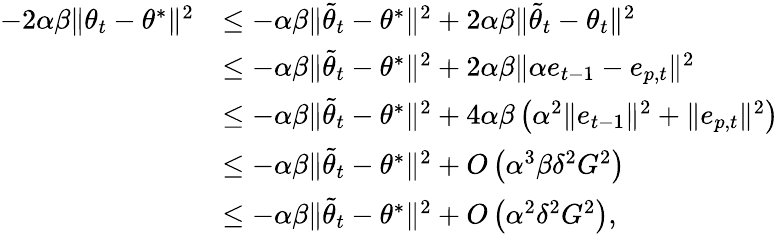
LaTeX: \begin{array}{rl}{-2\alpha\beta\Vert{{\theta}_{t}}-{\theta^{*}}\Vert^{2}}&{\leq-\alpha\beta\Vert{\tilde{\theta}_{t}}-{\theta^{*}}\Vert^{2}+2\alpha\beta\Vert\tilde{\theta}_{t}-\theta_{t}\Vert^{2}}\\ &{\leq-\alpha\beta\Vert{\tilde{\theta}_{t}}-{\theta^{*}}\Vert^{2}+2\alpha\beta\Vert\alpha e_{t-1}-e_{p,t}\Vert^{2}}\\ &{\leq-\alpha\beta\Vert{\tilde{\theta}_{t}}-{\theta^{*}}\Vert^{2}+4\alpha\beta\left(\alpha^{2}\Vert e_{t-1}\Vert^{2}+\Vert e_{p,t}\Vert^{2}\right)}\\ &{\leq-\alpha\beta\Vert{\tilde{\theta}_{t}}-{\theta^{*}}\Vert^{2}+O\left(\alpha^{3}\beta\delta^{2}G^{2}\right)}\\ &{\leq-\alpha\beta\Vert{\tilde{\theta}_{t}}-{\theta^{*}}\Vert^{2}+O\left(\alpha^{2}\delta^{2}G^{2}\right),}\end{array}